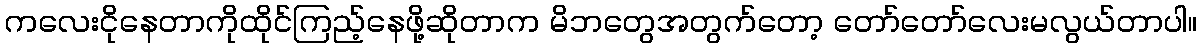
ကလေးငိုနေတာကိုထိုင်ကြည့်နေဖို့ဆိုတာက မိဘတွေအတွက်တော့ တော်တော်လေးမလွယ်တာပါ။